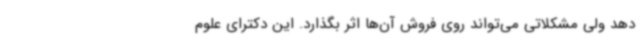
دهد ولی مشکلاتی می‌تواند روی فروش آن‌ها اثر بگذارد. این دکترای علوم